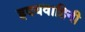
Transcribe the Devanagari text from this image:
ह्रदयवाहिनी